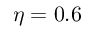
\eta = 0 . 6